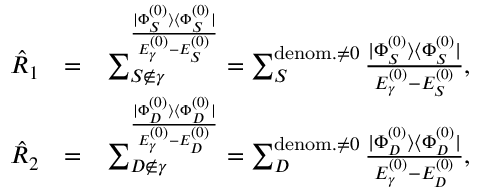
\begin{array} { r l r } { \hat { R } _ { 1 } } & { = } & { \sum _ { S \notin \gamma } ^ \frac { | \Phi _ { S } ^ { ( 0 ) } \rangle \langle \Phi _ { S } ^ { ( 0 ) } | } { E _ { \gamma } ^ { ( 0 ) } - E _ { S } ^ { ( 0 ) } } = \sum _ { S } ^ { { \mathrm { d e n o m . } \neq 0 } } \frac { | \Phi _ { S } ^ { ( 0 ) } \rangle \langle \Phi _ { S } ^ { ( 0 ) } | } { E _ { \gamma } ^ { ( 0 ) } - E _ { S } ^ { ( 0 ) } } , } \\ { \hat { R } _ { 2 } } & { = } & { \sum _ { D \notin \gamma } ^ \frac { | \Phi _ { D } ^ { ( 0 ) } \rangle \langle \Phi _ { D } ^ { ( 0 ) } | } { E _ { \gamma } ^ { ( 0 ) } - E _ { D } ^ { ( 0 ) } } = \sum _ { D } ^ { { \mathrm { d e n o m . } \neq 0 } } \frac { | \Phi _ { D } ^ { ( 0 ) } \rangle \langle \Phi _ { D } ^ { ( 0 ) } | } { E _ { \gamma } ^ { ( 0 ) } - E _ { D } ^ { ( 0 ) } } , } \end{array}